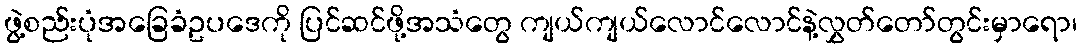
ဖွဲ့စည်းပုံအခြေခံဥပဒေကို ပြင်ဆင်ဖို့အသံတွေ ကျယ်ကျယ်လောင်လောင်နဲ့လွှတ်တော်တွင်းမှာရော၊